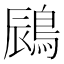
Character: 𪁧